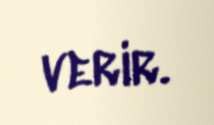
verir.